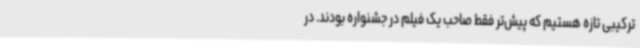
ترکیبی تازه هستیم که پیش‌تر فقط صاحب یک فیلم در جشنواره بودند. در